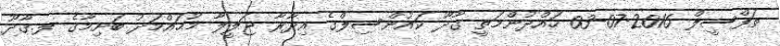
ތަފްސީލް 2016-07-03 ހައްދުންމަތީ ގާދޫ ކައުންސިލްގެ އިދާރާ ޖަލީލާ މުޙައްމަދު ބަށިމާގެ ލ.ގާދޫ